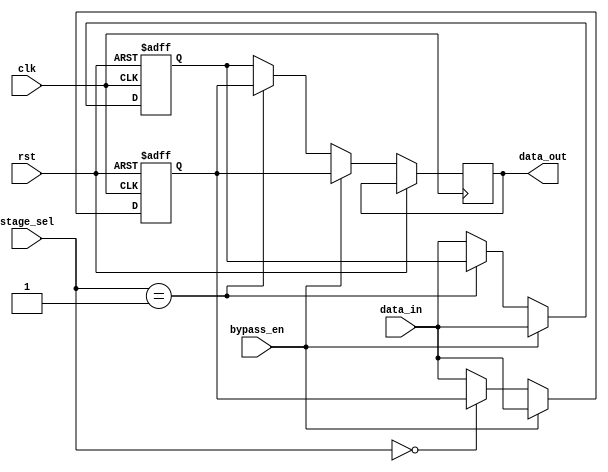
module CascadeBypassRegister (
    input wire clk,
    input wire rst,
    input wire bypass_en,
    input wire [1:0] stage_sel,
    input wire [7:0] data_in,
    output reg [7:0] data_out
);

reg [7:0] register [1:0];  // Two-stage register array

always @(posedge clk or posedge rst) begin
    if (rst) begin
        register[0] <= 8'b0;
        register[1] <= 8'b0;
    end else begin
        if (bypass_en) begin
            data_out <= register[1];
            register[0] <= data_in;
            register[1] <= data_in;
        end else begin
            case (stage_sel)
                2'b00: begin
                    data_out <= register[0];
                    register[0] <= data_in;
                end
                2'b01: begin
                    data_out <= register[1];
                    register[1] <= data_in;
                end
                default: begin
                    data_out <= register[0];
                    register[0] <= data_in;
                    register[1] <= data_in;
                end
            endcase
        end
    end
end

endmodule